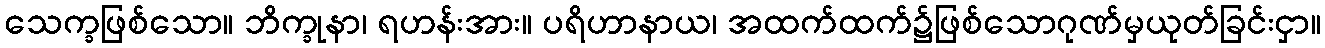
သေက္ခဖြစ်သော။ ဘိက္ခုနာ၊ ရဟန်းအား။ ပရိဟာနာယ၊ အထက်ထက်၌ဖြစ်သောဂုဏ်မှယုတ်ခြင်းငှာ။